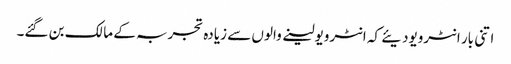
اتنی بار انٹرویودیئے کہ انٹرویولینے والوں سے زیادہ تجربہ کے مالک بن گئے۔